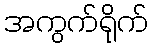
အကွက်ရိုက်